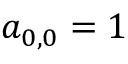
a _ { 0 , 0 } = 1